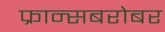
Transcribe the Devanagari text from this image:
फ्रान्सबरोबर